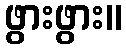
ဖွားဖွား။